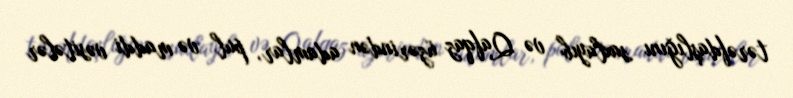
tərəfdaşlığını saxlayıb və Qafqaz üzərindən adamlar, pul və maddi vəsitələr